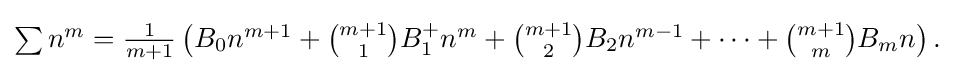
{\textstyle \sum n^{m}={\frac {1}{m+1}}\left(B_{0}n^{m+1}+{\binom {m+1}{1}}B_{1}^{+}n^{m}+{\binom {m+1}{2}}B_{2}n^{m-1}+\cdots +{\binom {m+1}{m}}B_{m}n\right).}